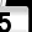
Digit: 5